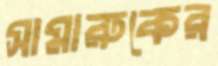
সামারুকের